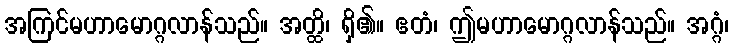
အကြင်မဟာမောဂ္ဂလာန်သည်။ အတ္ထိ၊ ရှိ၏။ ဧတံ၊ ဤမဟာမောဂ္ဂလာန်သည်။ အဂ္ဂံ၊